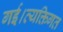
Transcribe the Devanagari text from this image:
गई।व्यक्तिगत